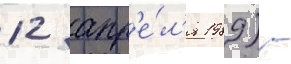
12 апр'е́л'я 1989) -